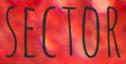
SECTOR